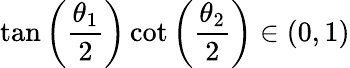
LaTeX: \tan\left(\frac{\theta_{1}}{2}\right)\cot\left(\frac{\theta_{2}}{2}\right)\in(0,1)